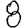
Digit: 8